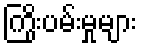
ကြိုးပမ်းမှုများ